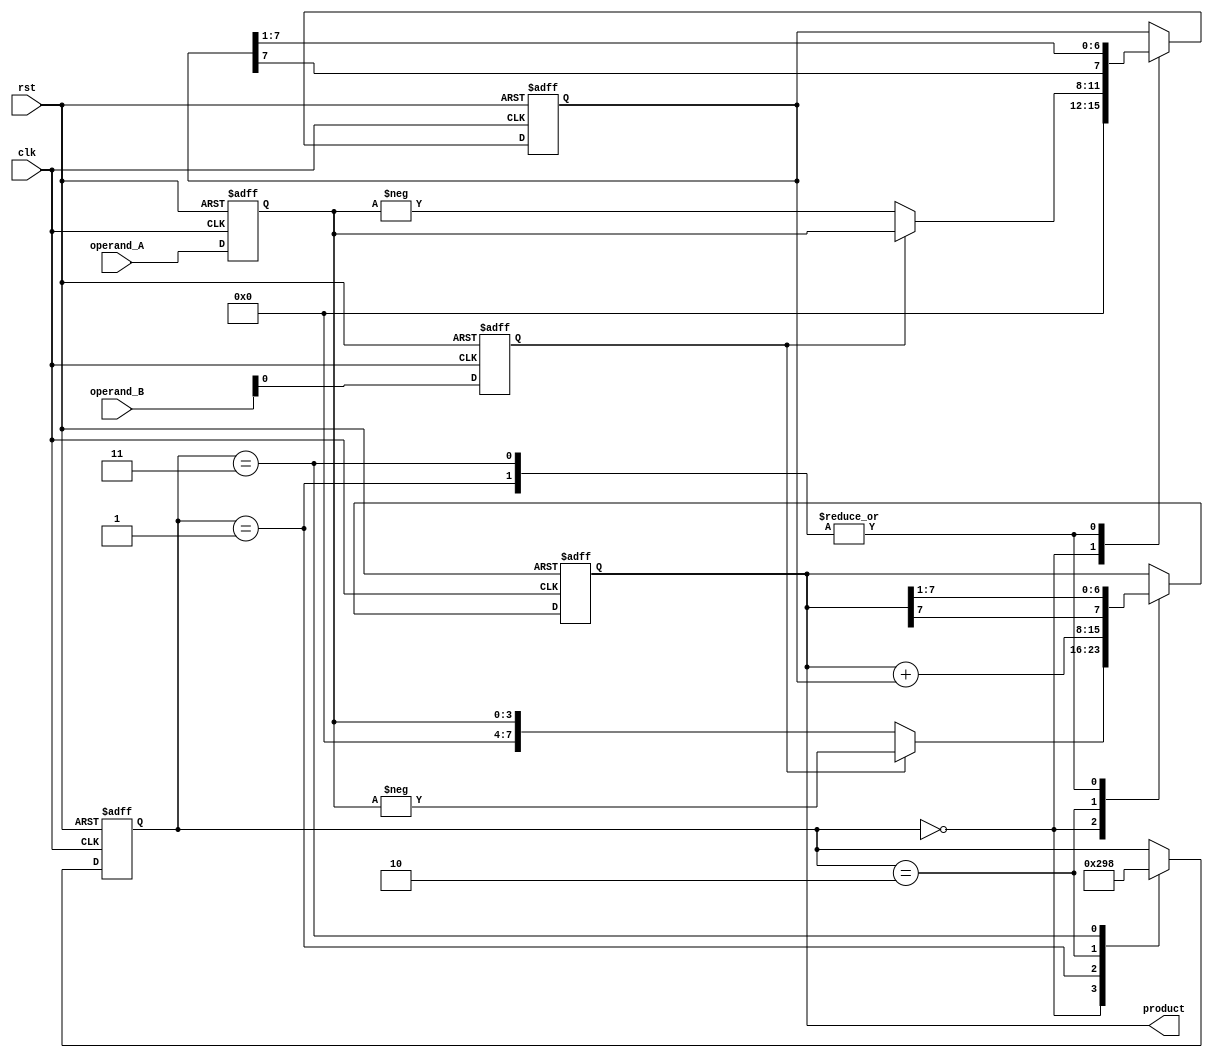
module booth_multiplier(input [3:0] operand_A, input [3:0] operand_B, input clk, input rst, output reg [7:0] product);

reg [3:0] A_reg, B_reg;
reg [7:0] partial_product;
reg [7:0] accumulator;
reg [2:0] state;

always @(posedge clk or posedge rst) begin
    if (rst) begin
        A_reg <= 4'b0;
        B_reg <= 4'b0;
        partial_product <= 8'b0;
        accumulator <= 8'b0;
        state <= 3'b0;
    end else begin
        A_reg <= operand_A;
        B_reg <= operand_B;

        case(state)
            3'b000: begin // Booth encoding
                if (B_reg[0]) begin
                    partial_product <= {4'b0, A_reg};
                    accumulator <= -A_reg;
                end else begin
                    partial_product <= {4'b0, -A_reg};
                    accumulator <= A_reg;
                end
                state <= 3'b001;
            end
            3'b001: begin // Shift right
                partial_product <= {partial_product[7], partial_product[7:1]};
                accumulator <= {accumulator[7], accumulator[7:1]};
                state <= 3'b010;
            end
            3'b010: begin // Add or subtract
                accumulator <= accumulator + partial_product;
                state <= 3'b011;
            end
            3'b011: begin // Shift right
                partial_product <= {partial_product[7], partial_product[7:1]};
                accumulator <= {accumulator[7], accumulator[7:1]};
                state <= 3'b000;
            end
        endcase
    end
end

assign product = accumulator;

endmodule